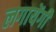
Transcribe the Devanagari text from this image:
लगायेंगी